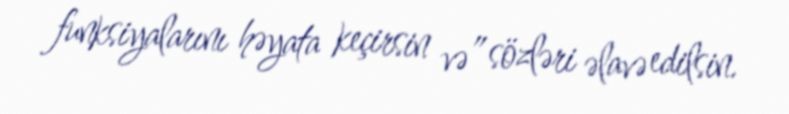
funksiyalarını həyata keçirsin və” sözləri əlavə edilsin.